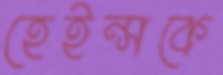
হেইন্সকে